Indian journal of veterinary science and animal husbandry - Volume 5,
Year: 1935
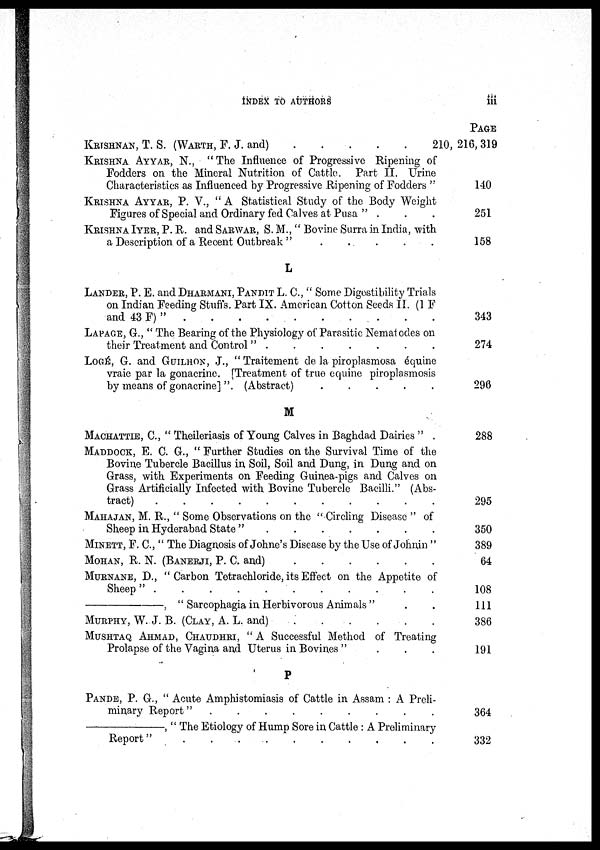
INDEX TO AUTHORS
iii
KRISHNAN, T. S. (WARTH, F. J. and) . . . . .
KRISHNA AYYAR,
N., "The Influence of Progressive Ripening of
Fodders on the Mineral Nutrition of Cattle. Part II. Urine
Characteristics as Influenced by Progressive Ripening of Fodders "
KRISHNA AYYAR, P. V., " A Statistical Study of the Body Weight
Figures of Special and Ordinary fed Calves at Pusa " . . .
KRISHNA IYER, P. R. and SARWAR, S. M., " Bovine Surra in India, with
a Description of a Recent Outbreak " . . . . . .
L
LANDER, P. E. and DHARMANI, PANDIT L. C., " Some Digestibility Trials
on Indian Feeding Stuffs. Part IX. American Cotton Seeds II. (1 F
and 43 F) " . . . . . . . . . .
LAPAGE, G., " The Bearing of the Physiology of Parasitic Nematodes on
their Treatment and Control " . . . . . . .
LOGÉ, G. and GUILHON, J., " Traitement de la piroplasmosa équine
vraie par la gonacrine. [Treatment of true equine piroplasmosis
by means of gonacrine] ". (Abstract) . . . . . . . . . .
M
MACHATTIE, C., " Theileriasis of Young Calves in Baghdad Dairies " .
MADDOCH, E. C. G., " Further Studies on the Survival Time of the
Bovine Tubercle Bacillus in Soil, Soil and Dung, in Dung and on
Grass, with Experiments on Feeding Guinea-pigs and Calves on
Grass Artificially Infected with Bovine Tubercle Bacilli." (Abs-
tract) . . . . . . . . . .
MAHAJAN, M. R., " Some Observations on the " Circling Disease " of
Sheep in Hyderabad State " . . . . . . . . . .
MINETT, F. C., " The Diagnosis of Johne's Disease by the Use of Johnin "
MOHAN, R. N. (BANERJI, P. C. and) . . . . . . . . . .
MURNANE, D., " Carbon Tetrachloride, its Effect on the Appetite of
Sheep" . . . . . . . . . .
—,
" Sarcophagia in Herbivorous Animals "
MURPHY, W. J. B. (CLAY, A. L. and)
.
.
.
.
.
.
.
MUSHTAQ AHMAD, CHAUDHRI, " A Successful Method of Treating
Prolapse of the Vagina and Uterus in Bovines " . . .
P
PANDE, P. G., " Acute Amphistomiasis of Cattle in Assam : A Preli-
minary Report" . . . . . . . . . .
—,
" The Etiology of Hump Sore in Cattle : A Preliminary
Report" . . . . . . . . . .
PAGE
210, 216, 319
140
251
158
343
274
296
288
295
350
389
64
108
111
386
191
364
332